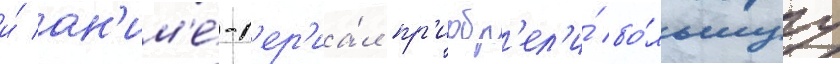
и́ ан'им'е́-с'ер'иа́л пр'иобр'ел'и́ бо́льшуу